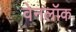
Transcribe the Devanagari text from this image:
वेनलॉक